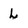
Character: L